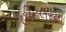
હીટલરની